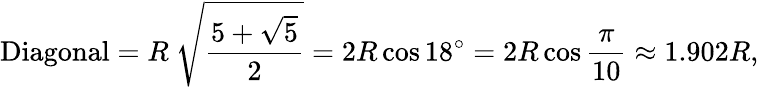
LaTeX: {\mathrm{Diagonal}}=R\ {\sqrt{\frac{5+{\sqrt{5}}}{2}}}=2R\cos 18^{\circ}=2R\cos{\frac{\pi}{10}}\approx 1.902R,